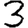
Digit: 3